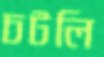
চটলি